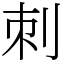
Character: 刺